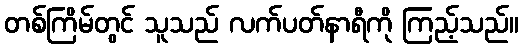
တစ်ကြိမ်တွင် သူသည် လက်ပတ်နာရီကို ကြည့်သည်။